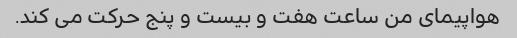
هواپیمای من ساعت هفت و بیست و پنج حرکت می کند.